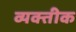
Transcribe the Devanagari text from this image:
व्यक्तीक